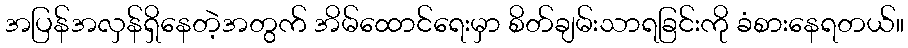
အပြန်အလှန်ရှိနေတဲ့အတွက် အိမ်ထောင်ရေးမှာ စိတ်ချမ်းသာရခြင်းကို ခံစားနေရတယ်။